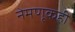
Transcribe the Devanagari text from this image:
नेमणूकही